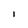
Character: l